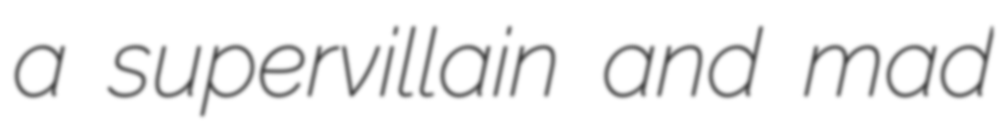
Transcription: a supervillain and mad